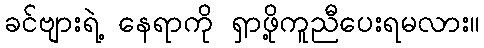
ခင်ဗျားရဲ့ နေရာကို ရှာဖို့ကူညီပေးရမလား။